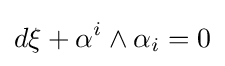
d\xi +\alpha ^{i}\wedge \alpha _{i}=0